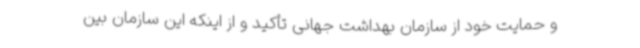
و حمایت خود از سازمان بهداشت جهانی تأکید و از اینکه این سازمان بین